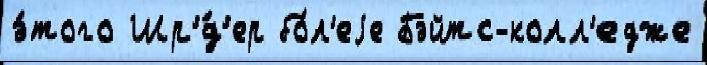
э́того Шр'́д'ер бо́л'еjе Бэйтс-колл'едже